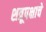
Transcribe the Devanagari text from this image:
शत्रूपक्षाचे